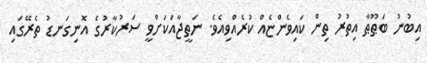
އިބުނު ބަޠޫޠާ އިތުރު ތިން ކައިވެންޏެއް ކުރެއްވިއެވެ. ނަތީޖާއަކަށްވީ ސަރުކާރުގެ އޮނިގަނޑު ތެރޭގައި